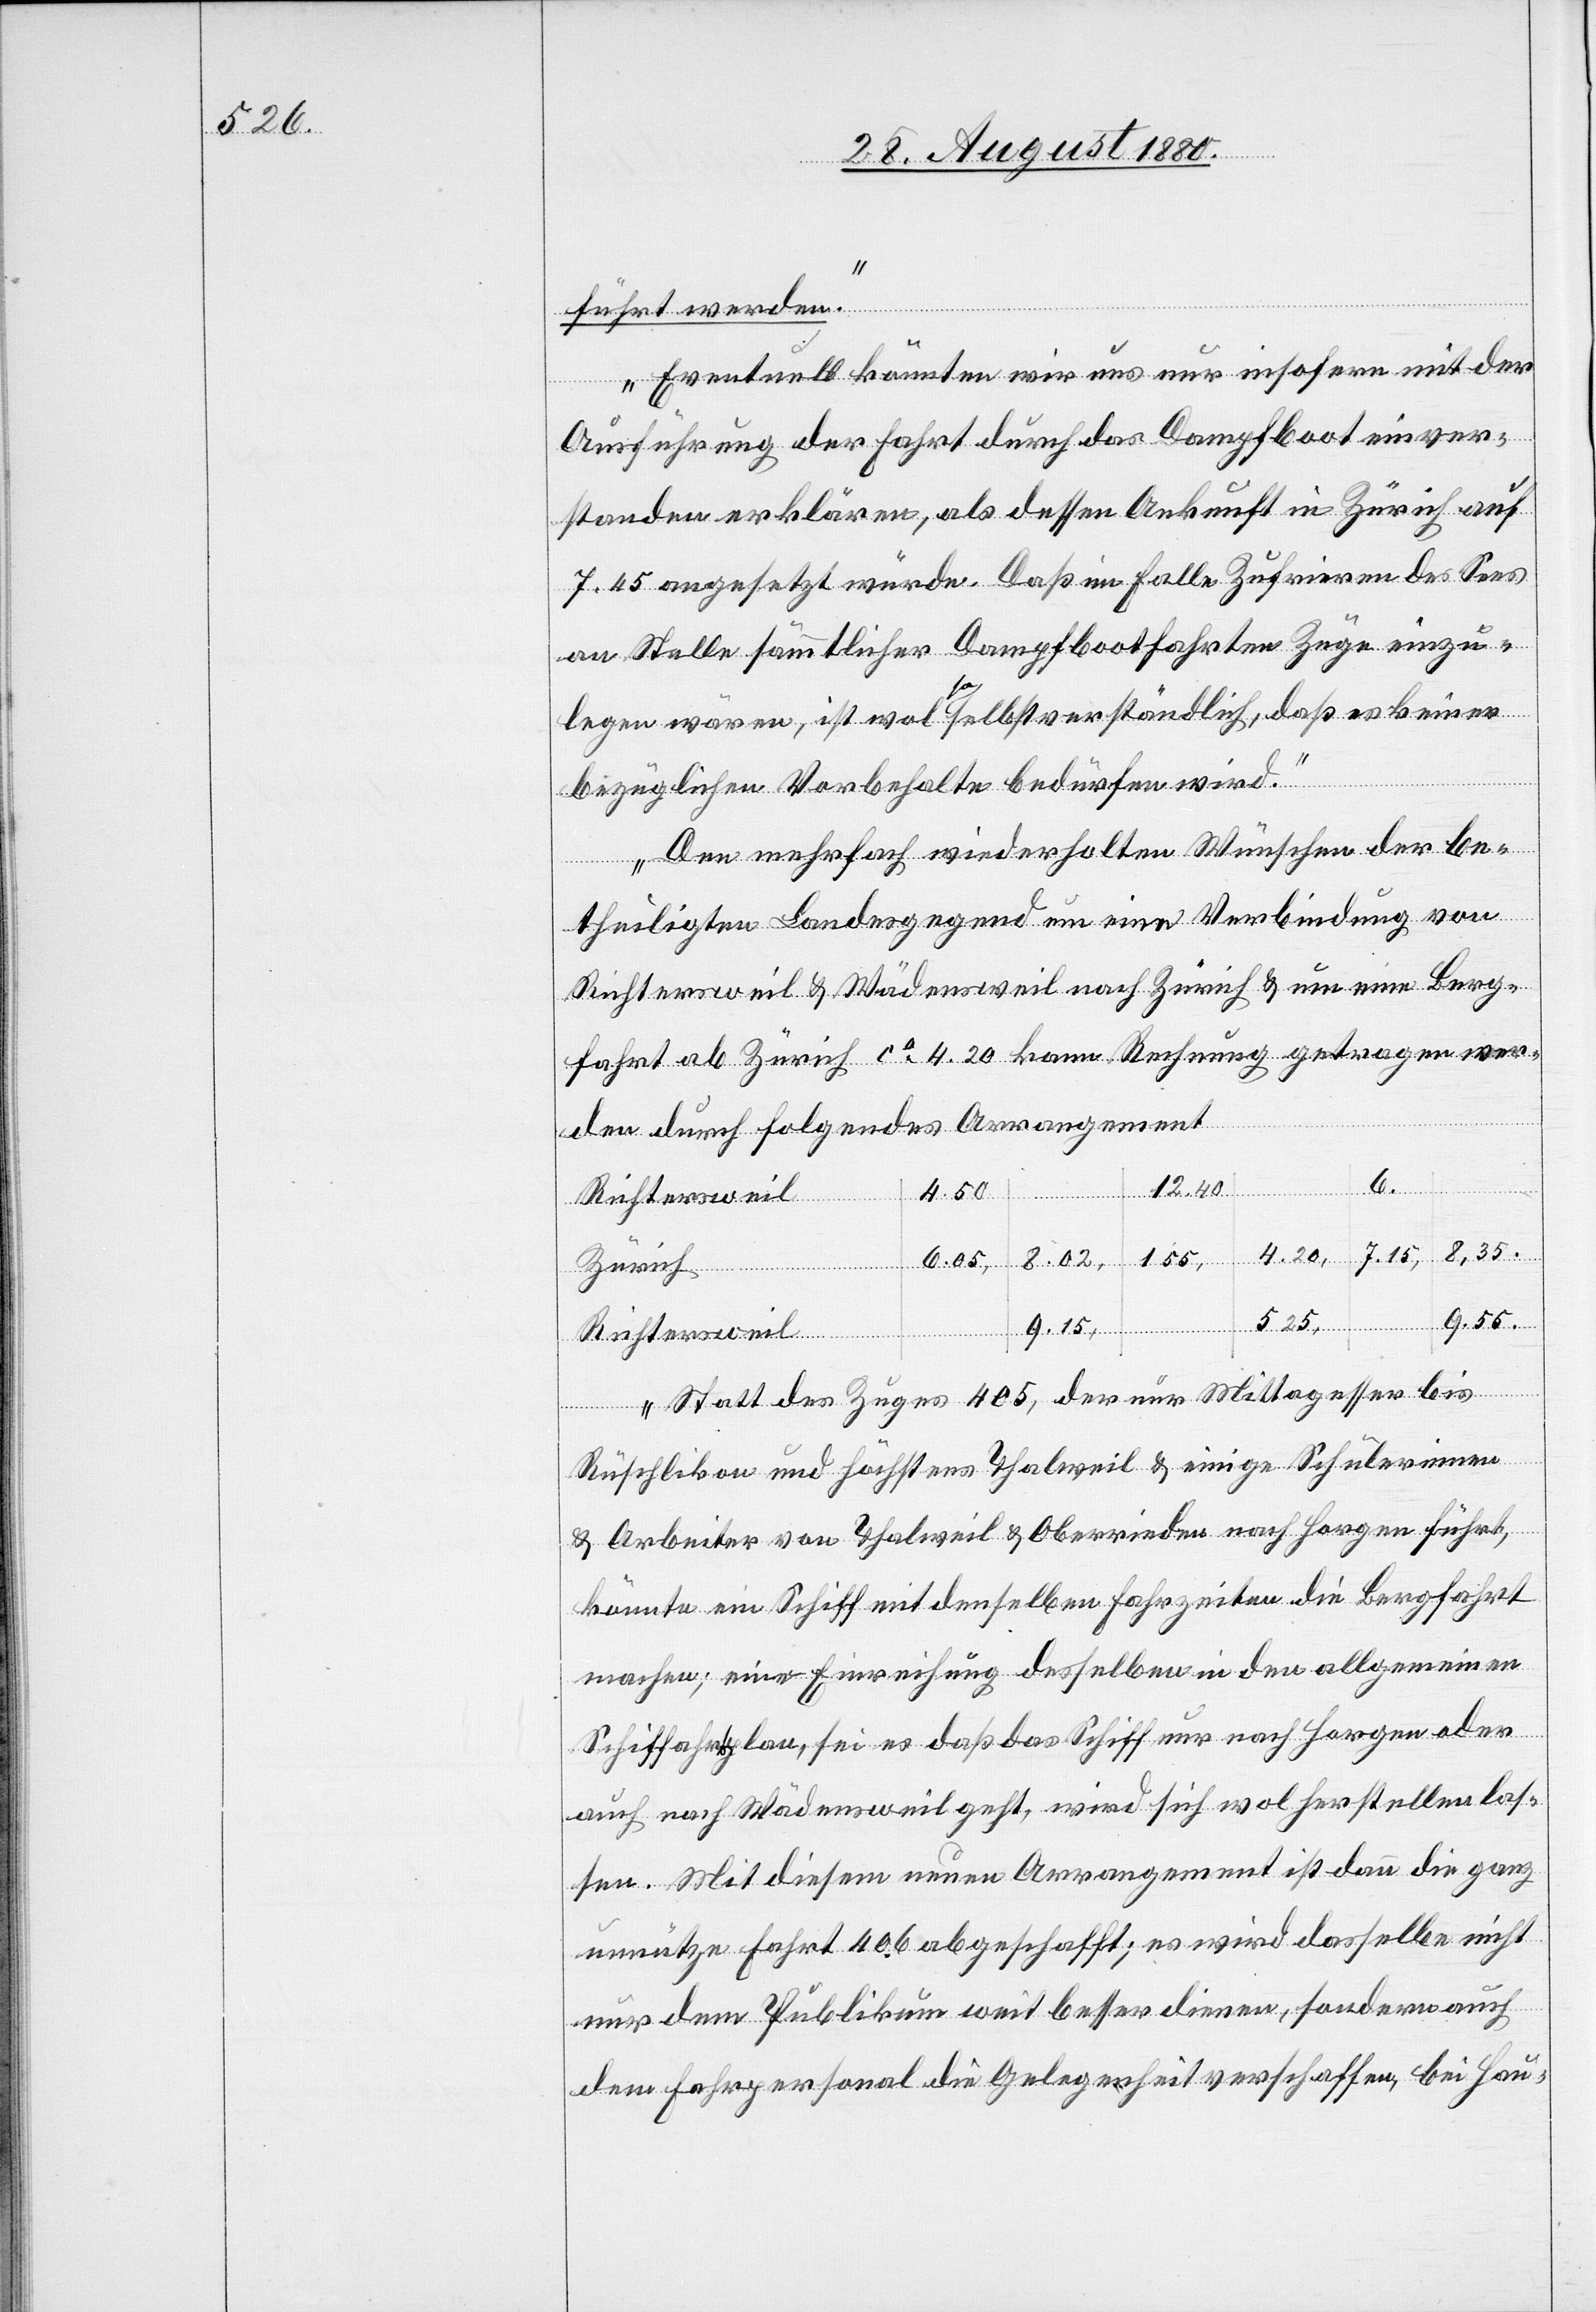
5.25,

führt werden.
Eventuell könnten wir uns nur insofern mit der
Ausführung der Fahrt durch das Dampfboot einver¬
standen erklären, als dessen Ankunft in Zürich auf
7.45 angesetzt würde. Daß im Falle Zufrieren des Sees
an Stelle sämmtlicher Dampfbootfahrten Züge einzu¬
legen wären, ist wo so selbstverständlich, daß es keinen
bezüglichen Vorbehalten bedürfen wird.
Den mehrfach wiederholten Wünschen der be¬
theiligten Landesgegend um eine Verbindung von
Richtersweil & Wädensweil nach Zürich & um eine Berg¬
fahrt ab Zürich ca 4.20 kann Rechnung getragen wer¬
den durch folgendes Arrangement
4.50,
Richtersweil
8.35.
1.55,
4.20,
7.15,
6.
Zürich
9.55.
9.15,
Statt des Zuges 405, der nur Mittagesser bis
Rüschlikon und höchstens Thalweil & einige Schülerinnen
& Arbeiter von Thalweil & Oberrieden nach Horgen führt,
könnte ein Schiff mit denselben Fahrzeiten die Bergfahrt
machen; eine Einreihung desselben in den allgemeinen
Schiffahrplan, sei es daß das Schiff nur nach Horgen oder
auch nach Wädensweil geht, wird sich wol herstellen las¬
sen. Mit diesem neuen Arrangement ist dann die ganz
unnütze Fahrt 406 abgeschafft; es wird dasselbe nicht
nur dem Publikum weit besser dienen, sondern auch
dem Fahrpersonal die Gelegenheit verschaffen, bei Hau-